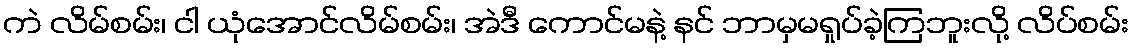
ကဲ လိမ်စမ်း၊ ငါ ယုံအောင်လိမ်စမ်း၊ အဲဒီ ကောင်မနဲ့ နင် ဘာမှမရှုပ်ခဲ့ကြဘူးလို့ လိပ်စမ်း